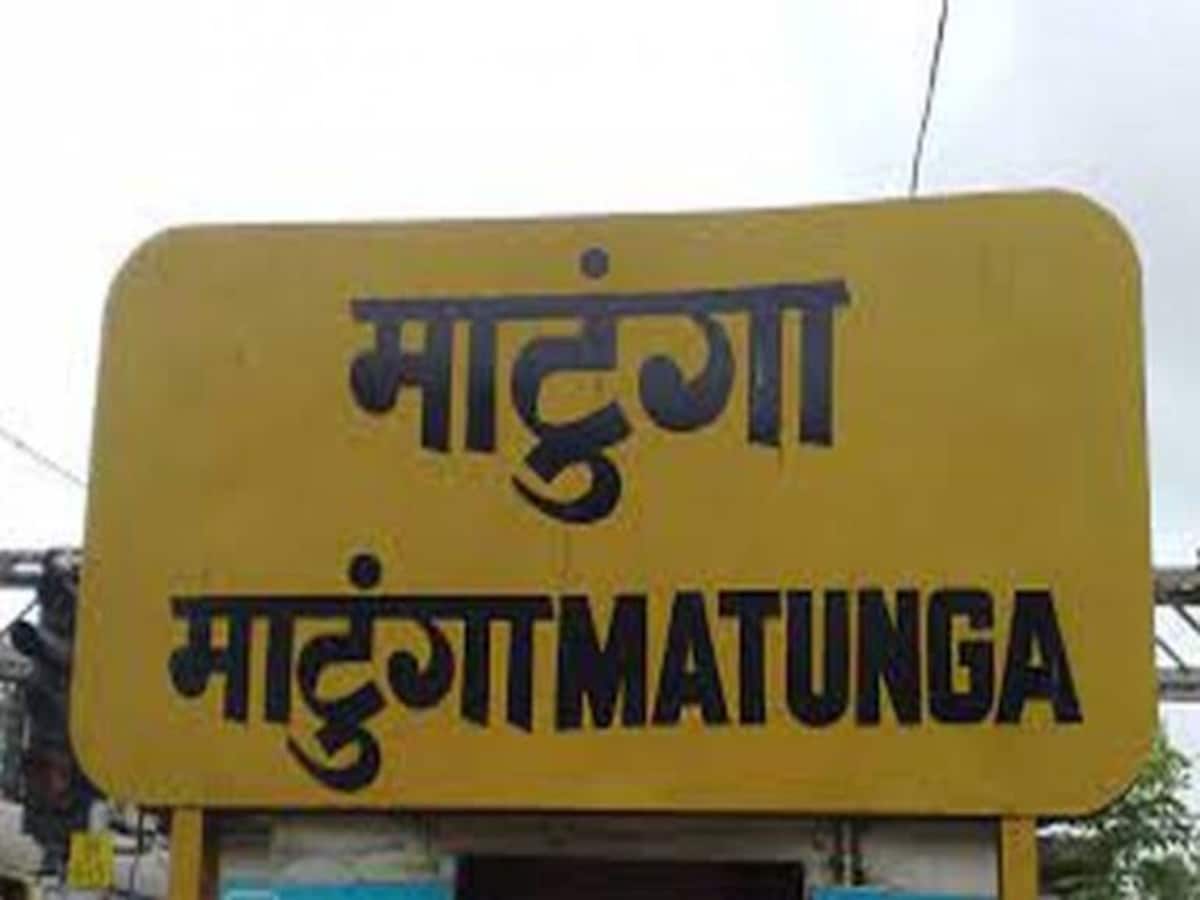
Language: marathi
Transcription: माटुंगा